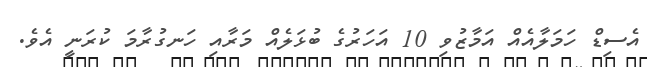
އެސިޑް ހަމަލާއެއް އަމާޒުވި 10 އަހަރުގެ ބުޅަލެއް މަރާއި ހަނގުރާމަ ކުރަނީ އެވެ.